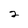
Character: 2